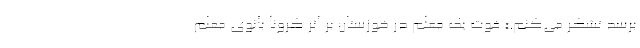
برسد تشکر می‌کنم.» فوت یک معلم در خوزستان بر اثر کرونا بانوی معلم